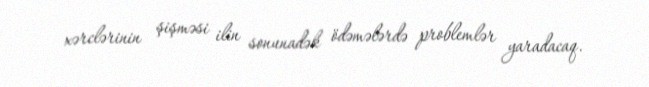
xərclərinin şişməsi ilin sonunadək ödəmələrdə problemlər yaradacaq.